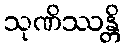
သုဏိဿန္တိ